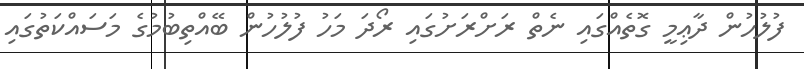
ފުލުހުން ދާޢިމީ ގޮތެއްގައި ނެތް ރަށްރަށުގައި ރޯދަ މަހު ފުލުހުން ބޭއްތިބުމުގެ މަސައްކަތުގައި